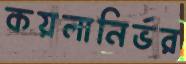
কয়লানির্ভর